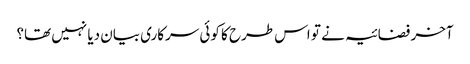
آخر فضائیہ نے تو اس طرح کا کوئی سرکاری بیان دیا نہیں تھا؟